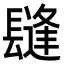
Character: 𨲫